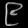
Digit: ၉